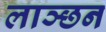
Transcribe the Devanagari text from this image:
लाञ्छन